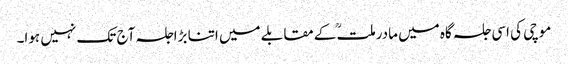
موچی کی اسی جلسہ گاہ میں مادرملتؒ کے مقابلے میں اتنا بڑاجلسہ آج تک نہیں ہوا۔